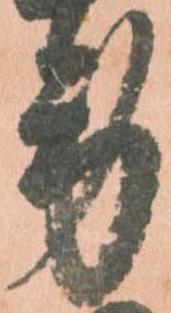
労